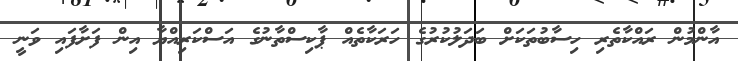
އާންމުން ރައްކާތެރި ހިސާބުތަކަށް ބަދަލުކުރުގެ ހަރަކާތެއް ޕާކިސްތާނުގެ އަސްކަރިއްޔާ އިން ފަށާފައި ވަނީ